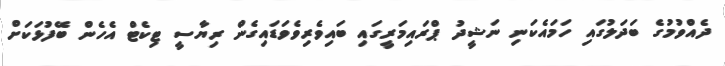
ދެއްވުމުގެ ބަދަލުގައި ހަމައެކަނި ނަޝީދު ޕްރައިމަރީގައި ބައިވެރިވެވަޑައިގެން ރިޔާސީ ޓިކެޓް އެހެން ބޭފުޅަކަށް